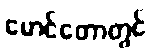
မောင်တောတွင်